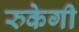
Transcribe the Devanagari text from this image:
रुकेगी